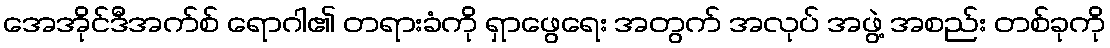
အေအိုင်ဒီအက်စ် ရောဂါ၏ တရားခံကို ရှာဖွေရေး အတွက် အလုပ် အဖွဲ့ အစည်း တစ်ခုကို